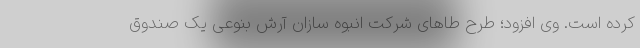
کرده است. وی افزود؛ طرح طاهای شرکت انبوه سازان آرش بنوعی یک صندوق